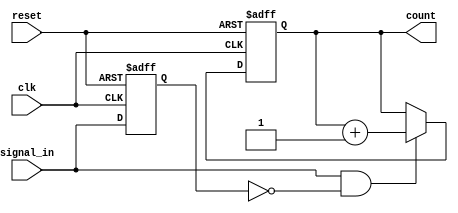
module edge_counter (
    input wire clk,              // Clock signal
    input wire reset,            // Asynchronous reset signal
    input wire signal_in,        // Input signal for edge detection
    output reg [15:0] count      // 16-bit output count (adjust width as needed)
);

    // Parameter to select edge detection type
    parameter EDGE_TYPE = 1; // 1 for rising edge, 0 for falling edge

    // Internal signal to hold the previous state of signal_in
    reg signal_in_prev;

    // Always block for edge detection and counting
    always @(posedge clk or posedge reset) begin
        if (reset) begin
            count <= 16'b0;          // Reset count to 0
            signal_in_prev <= 1'b0;  // Initialize previous signal state
        end else begin
            // Edge detection logic
            if (EDGE_TYPE) begin // Rising edge detection
                if (signal_in && !signal_in_prev) begin
                    count <= count + 1; // Increment count on rising edge
                end
            end else begin // Falling edge detection
                if (!signal_in && signal_in_prev) begin
                    count <= count + 1; // Increment count on falling edge
                end
            end
            
            // Update previous signal state
            signal_in_prev <= signal_in;
        end
    end

endmodule